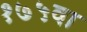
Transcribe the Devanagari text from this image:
१७५वा